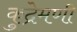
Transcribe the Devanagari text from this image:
कुद्रेमणी